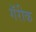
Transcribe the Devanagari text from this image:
गॅरीक